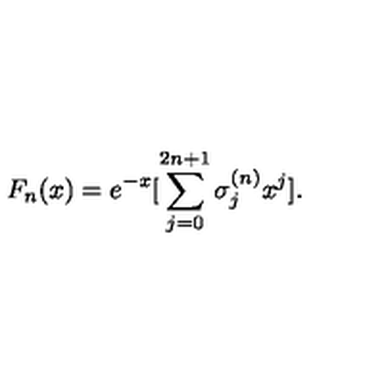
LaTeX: F _ { n } ( x ) = e ^ { - x } [ \sum _ { j = 0 } ^ { 2 n + 1 } \sigma _ { j } ^ { ( n ) } x ^ { j } ] .